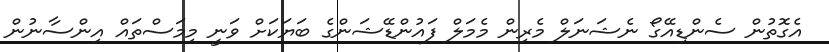
އެގޮތުން ސެންޑިއޭގޯ ނެޝަނަލް މެރިން މެމަލް ފައުންޑޭޝަންގެ ބަޔަކަށް ވަނީ މިމަސްތައް އިންސާނުން